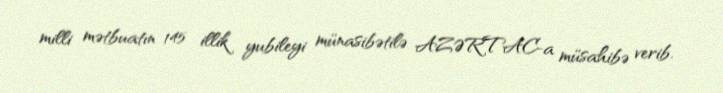
milli mətbuatın 145 illik yubileyi münasibətilə AZƏRTAC-a müsahibə verib.